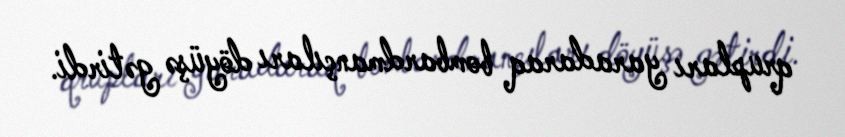
qrupları yaradaraq bombardmançıları döyüşə gətirdi.